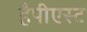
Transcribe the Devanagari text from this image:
हैपीएस्ट